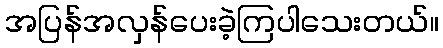
အပြန်အလှန်ပေးခဲ့ကြပါသေးတယ်။